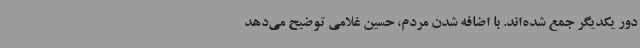
دور یکدیگر جمع شده‌اند. با اضافه شدن مردم، حسین غلامی توضیح می‌دهد